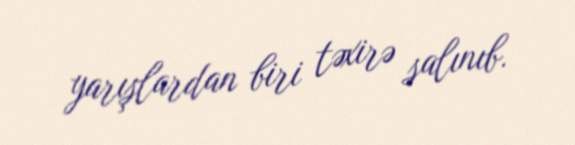
yarışlardan biri təxirə salınıb.